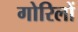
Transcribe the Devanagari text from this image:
गोरिलों